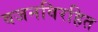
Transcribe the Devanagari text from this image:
वजनविरहित